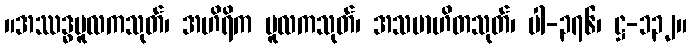
။အဿဒ္ဓမူလကသုတ်၊ အဟိရိက မူလကသုတ်၊ အသမာဟိတသုတ်၊ ပါ-၃၇၆၊ ဋ္ဌ-၁၃၂။